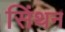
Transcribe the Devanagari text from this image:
सिंथन